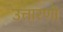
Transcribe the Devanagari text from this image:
उत्तारणो